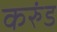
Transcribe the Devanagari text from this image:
करुंड